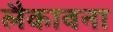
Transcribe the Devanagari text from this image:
लैकावना